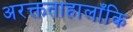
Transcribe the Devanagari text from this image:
अरक्तताहालाँकि